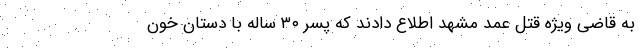
به قاضی ویژه قتل عمد مشهد اطلاع دادند که پسر ۳۰ ساله با دستان خون